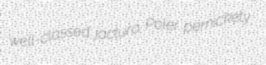
well-classed jactura Poler pernickety